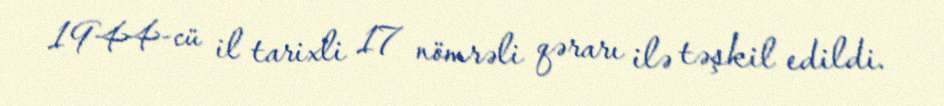
1944-cü il tarixli 17 nömrəli qərarı ilə təşkil edildi.